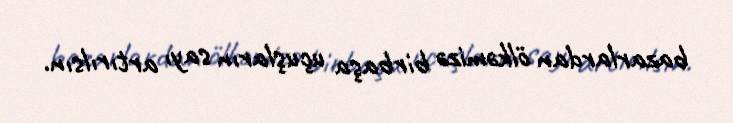
bazarlardan ölkəmizə birbaşa uçuşların sayı artırılsın.